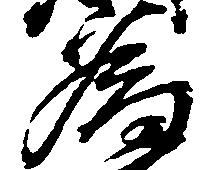
為